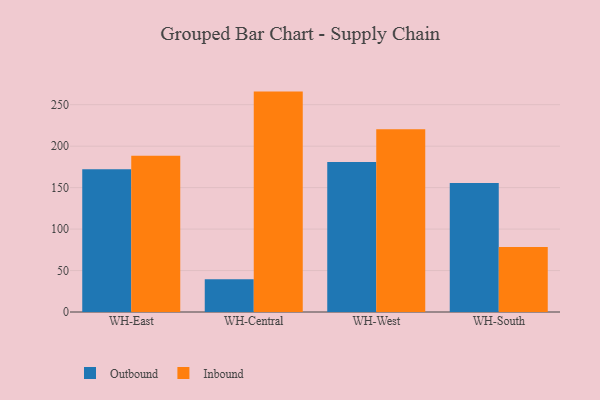
{"axis": {"x": "Warehouse", "y": "Inventory Turnover"}, "legend": ["Inbound", "Outbound"], "data": [{"x": "WH-East", "y": 172.3, "type": "Outbound"}, {"x": "WH-East", "y": 188.4, "type": "Inbound"}, {"x": "WH-Central", "y": 39.4, "type": "Outbound"}, {"x": "WH-Central", "y": 265.8, "type": "Inbound"}, {"x": "WH-West", "y": 181.0, "type": "Outbound"}, {"x": "WH-West", "y": 220.3, "type": "Inbound"}, {"x": "WH-South", "y": 155.5, "type": "Outbound"}, {"x": "WH-South", "y": 78.5, "type": "Inbound"}]}